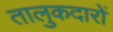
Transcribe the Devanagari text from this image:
तालुकदारों